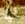
لي